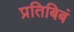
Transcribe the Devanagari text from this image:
प्रतिबिबं